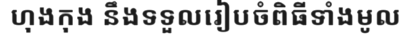
ហុងកុង នឹងទទួលរៀបចំពិធីទាំងមូល